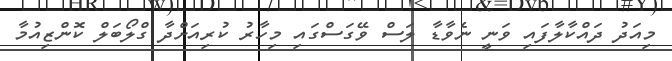
މިއަދު ދައްކާލާފައި ވަނީ ނެވާޑާ ލަސް ވޭގަސްގައި މިހާރު ކުރިއަށްދާ ގްލޯބަލް ކޮންޒިއުމާ